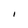
Character: I